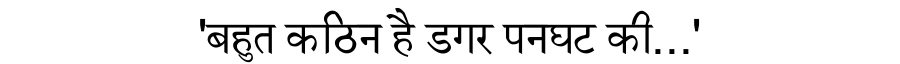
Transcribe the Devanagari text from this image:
'बहुत कठिन है डगर पनघट की...'